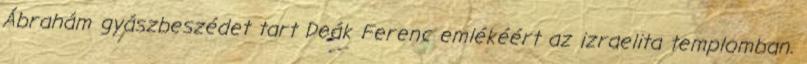
Ábrahám gyászbeszédet tart Deák Ferenc emlékéért az izraelita templomban.